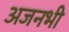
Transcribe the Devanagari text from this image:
अजनभी